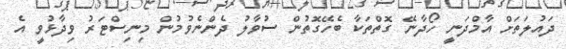
ދައުލަތަށް އާމްދަނީ ހޯދާނޭ ގޮތްތަކާ ބެހޭގޮތުން ސުވާލު ދެންނެވުމުން މިނިސްޓަރު ވިދާޅުވީ އެ